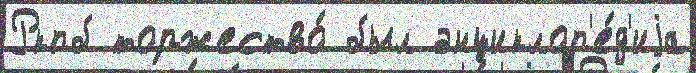
Ркпб торжество́ был энциклоп'е́д'иjа